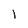
Character: l